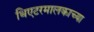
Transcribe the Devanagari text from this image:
थिएटरमालकाच्या